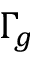
\Gamma _ { g }